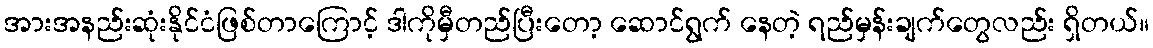
အားအနည်းဆုံးနိုင်ငံဖြစ်တာကြောင့် ဒါကိုမှီတည်ပြီးတော့ ဆောင်ရွက် နေတဲ့ ရည်မှန်းချက်တွေလည်း ရှိတယ်။